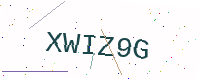
Text: XWIZ9G